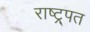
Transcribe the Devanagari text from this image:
राष्ट्र्पत